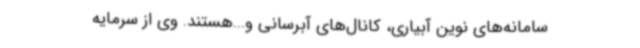
سامانه‌های نوین آبیاری، کانال‌های آبرسانی و...هستند. وی از سرمایه